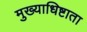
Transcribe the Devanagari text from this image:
मुख्याधिष्टाता